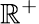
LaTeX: \mathbb{R}^{+}